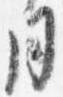
同